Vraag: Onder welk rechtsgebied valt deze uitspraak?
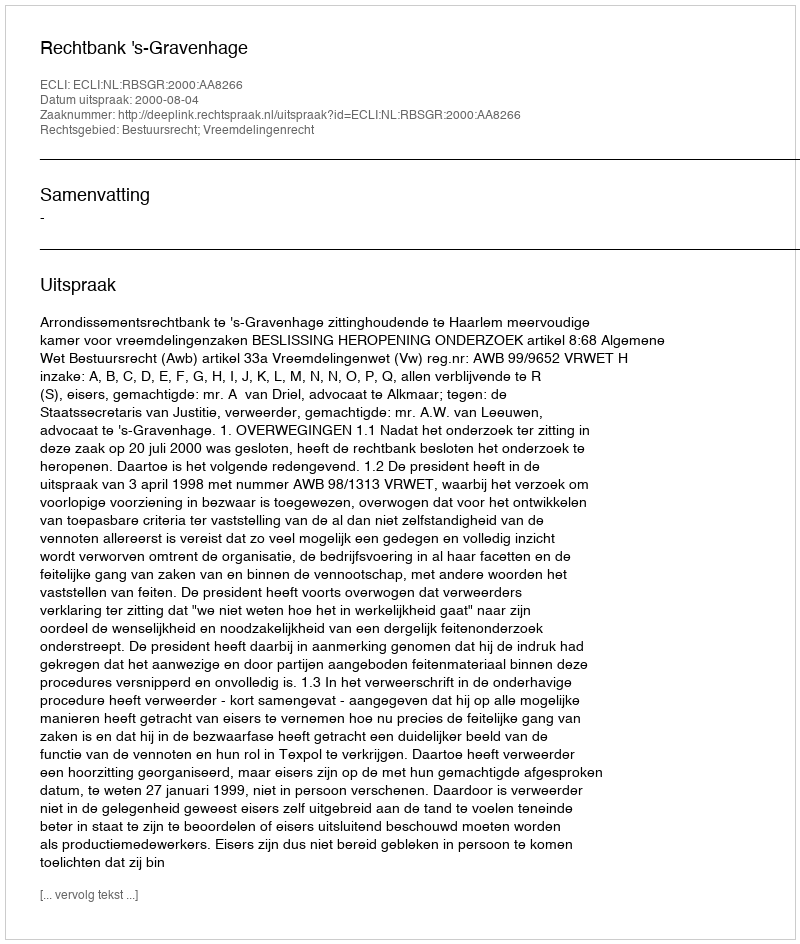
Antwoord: Bestuursrecht; Vreemdelingenrecht